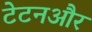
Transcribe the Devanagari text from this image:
टेटनऔर